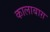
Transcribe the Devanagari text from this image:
कालाबाग़